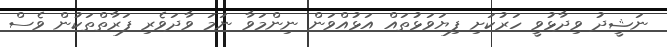
ނަޝީދު ވިދާޅުވީ ހަރުކަށި ފިޔަވަޅުތައް އަޅުއްވަން ނިންމަވާ ނަމަ ވާދަވެރި ފަރާތްތަކުން ވެސް